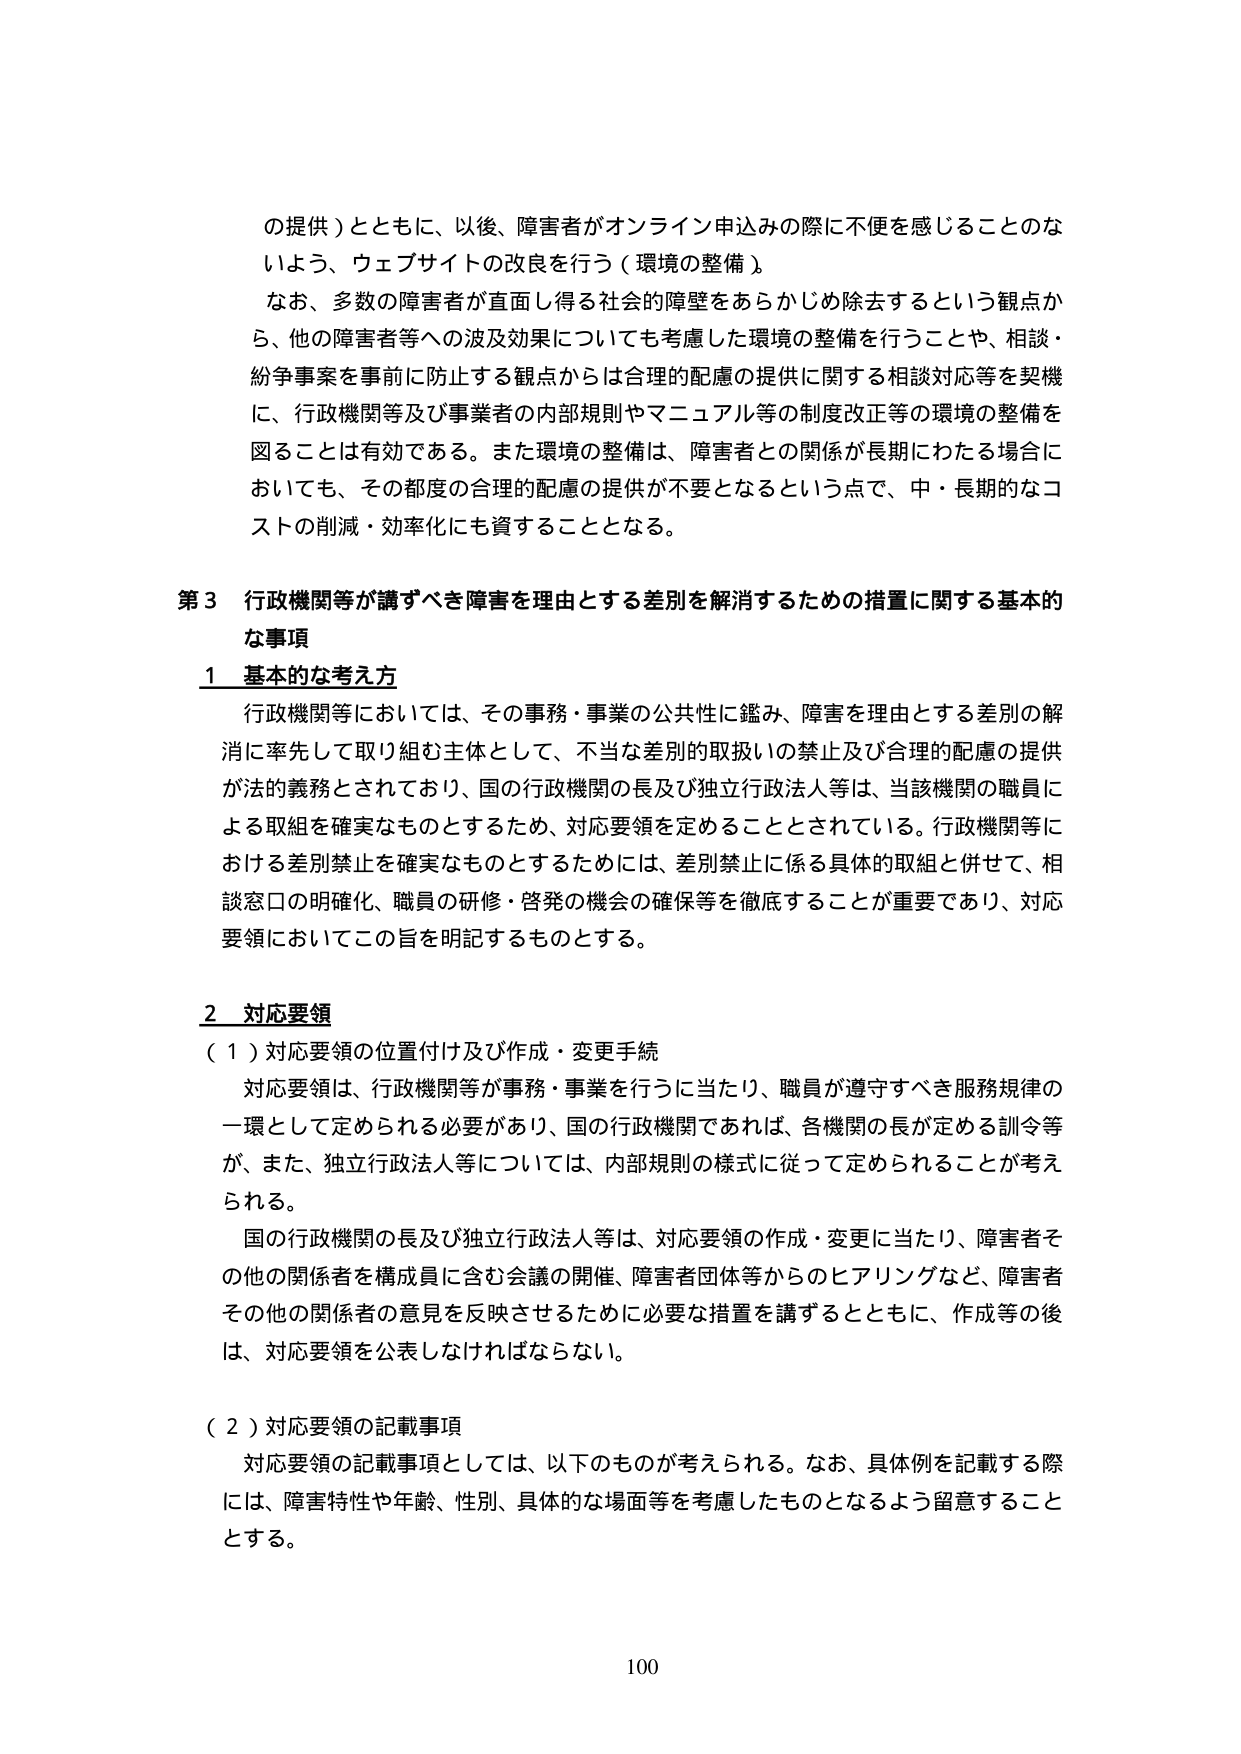
の提供）とともに、以後、障害者がオンライン申込みの際に不便を感じることのないよう、ウェブサイトの改良を行う（環境の整備）。

なお、多数の障害者が直面し得る社会的障壁をあらかじめ除去するという観点から、他の障害者等への波及効果についても考慮した環境の整備を行うことや、相談・紛争事案を事前に防止する観点からは合理的配慮の提供に関する相談対応等を契機に、行政機関等及び事業者の内部規則やマニュアル等の制度改正等の環境の整備を図ることは有効である。また環境の整備は、障害者との関係が長期にわたる場合においても、その都度の合理的配慮の提供が不要となるという点で、中・長期的なコストの削減・効率化にも資することとなる。

第3 行政機関等が講ずべき障害を理由とする差別を解消するための措置に関する基本的な事項

1 基本的な考え方

行政機関等においては、その事務・事業の公共性に鑑み、障害を理由とする差別の解消に率先して取り組む主体として、不当な差別的取扱いの禁止及び合理的配慮の提供が法的義務とされており、国の行政機関の長及び独立行政法人等は、当該機関の職員による取組を確実なものとするため、対応要領を定めることとされている。行政機関等における差別禁止を確実なものとするためには、差別禁止に係る具体的取組と併せて、相談窓口の明確化、職員の研修・啓発の機会の確保等を徹底することが重要であり、対応要領においてこの旨を明記するものとする。

2 対応要領

（1）対応要領の位置付け及び作成・変更手続

対応要領は、行政機関等が事務・事業を行うに当たり、職員が遵守すべき服務規律の一環として定められる必要があり、国の行政機関であれば、各機関の長が定める訓令等が、また、独立行政法人等については、内部規則の様式に従って定められることが考えられる。

国の行政機関の長及び独立行政法人等は、対応要領の作成・変更に当たり、障害者その他の関係者を構成員に含む会議の開催、障害者団体等からのヒアリングなど、障害者その他の関係者の意見を反映させるために必要な措置を講ずるとともに、作成等の後は、対応要領を公表しなければならない。

（2）対応要領の記載事項

対応要領の記載事項としては、以下のものが考えられる。なお、具体例を記載する際には、障害特性や年齢、性別、具体的な場面等を考慮したものとなるよう留意することとする。

100